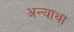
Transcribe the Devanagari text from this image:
अन्याथा